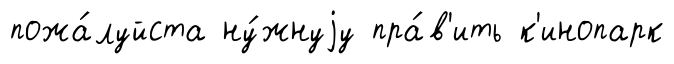
пожа́луйста ну́жнуjу пра́в'ить к'инопарк